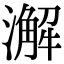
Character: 澥